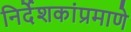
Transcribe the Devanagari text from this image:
निर्देशकांप्रमाणे